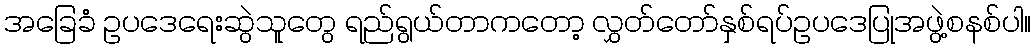
အခြေခံ ဥပဒေရေးဆွဲသူတွေ ရည်ရွယ်တာကတော့ လွှတ်တော်နှစ်ရပ်ဥပဒေပြုအဖွဲ့စနစ်ပါ။